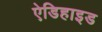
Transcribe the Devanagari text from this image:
ऐडिहाइड